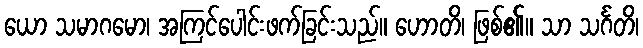
ယော သမာဂမော၊ အကြင်ပေါင်းဖက်ခြင်းသည်။ ဟောတိ၊ ဖြစ်၏။ သာ သင်္ဂတိ၊